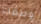
وصفك